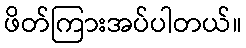
ဖိတ်ကြားအပ်ပါတယ်။